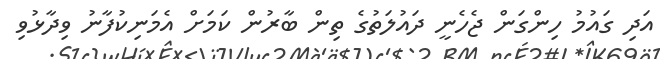
އަދި ގައުމު ހިންގަން ޖެހެނީ ދައުލަތުގެ ތިން ބާރުން ކަމަށް އެމަނިކުފާނު ވިދާޅުވި